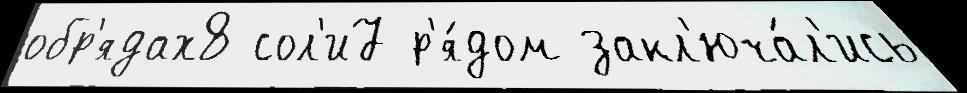
обр'ядах8 сол'и7 р'я́дом закл'юча́л'ись